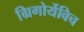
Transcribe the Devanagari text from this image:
ग्रिगोर्येविच